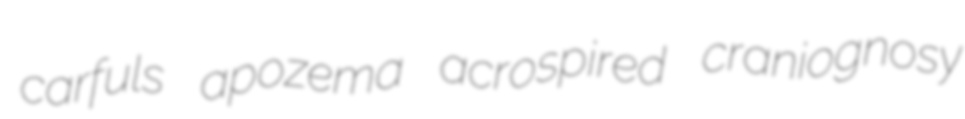
carfuls apozema acrospired craniognosy